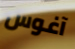
آغوس